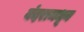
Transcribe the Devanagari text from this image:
बंदरामधून